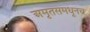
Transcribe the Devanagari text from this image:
अमृतसमधूनच